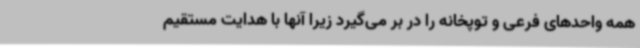
همه واحدهای فرعی و توپخانه را در بر می‌گیرد زیرا آنها با هدایت مستقیم